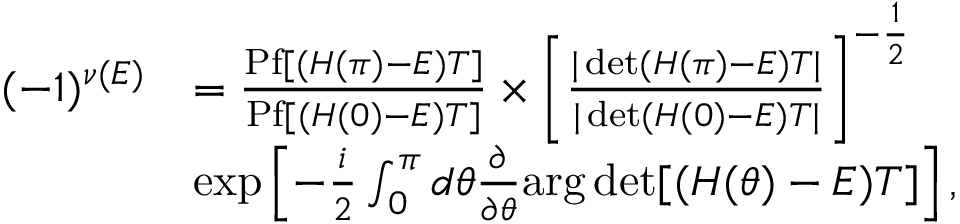
\begin{array} { r l } { ( - 1 ) ^ { \nu ( E ) } } & { = \frac { \mathrm { P f } [ ( H ( \pi ) - E ) T ] } { \mathrm { P f } [ ( H ( 0 ) - E ) T ] } \times \left[ \frac { | \operatorname* { d e t } ( H ( \pi ) - E ) T | } { | \operatorname* { d e t } ( H ( 0 ) - E ) T | } \right] ^ { - \frac { 1 } { 2 } } } \\ & { \exp \left[ - \frac { i } { 2 } \int _ { 0 } ^ { \pi } d \theta \frac { \partial } { \partial \theta } \mathrm { a r g } \operatorname* { d e t } [ ( H ( \theta ) - E ) T ] \right] , } \end{array}